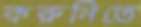
করুনিতে